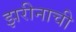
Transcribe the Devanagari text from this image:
झरीनाची